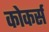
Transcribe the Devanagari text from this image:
कोकर्स